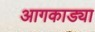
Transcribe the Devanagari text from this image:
आगकाड्या